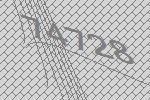
74728